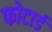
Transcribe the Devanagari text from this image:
फोटार्ड